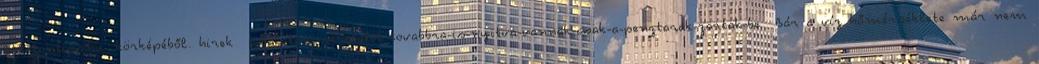
Balatontipp.hu. körképéből. hirek a-balatoni-strandok-tovabbra-is-nyitva-vannak-csak-a-penztarak-zartak-be Bár a víz hőmérséklete már nem